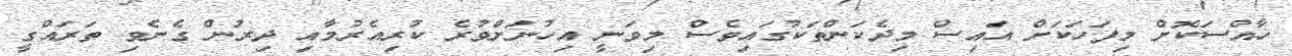
ޚާއްސަކޮށް މިފަހަކަށް އައިސް މިދެކަންތަކުގައިވެސް މިވަނީ އިހުނަށްވުރެ ކުރިއެރުމާއި ދިރުން ގެނެވި ތަރައްގީ